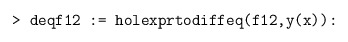
\begin{align*} \texttt{> deqf12 := holexprtodiffeq(f12,y(x)):}\end{align*}